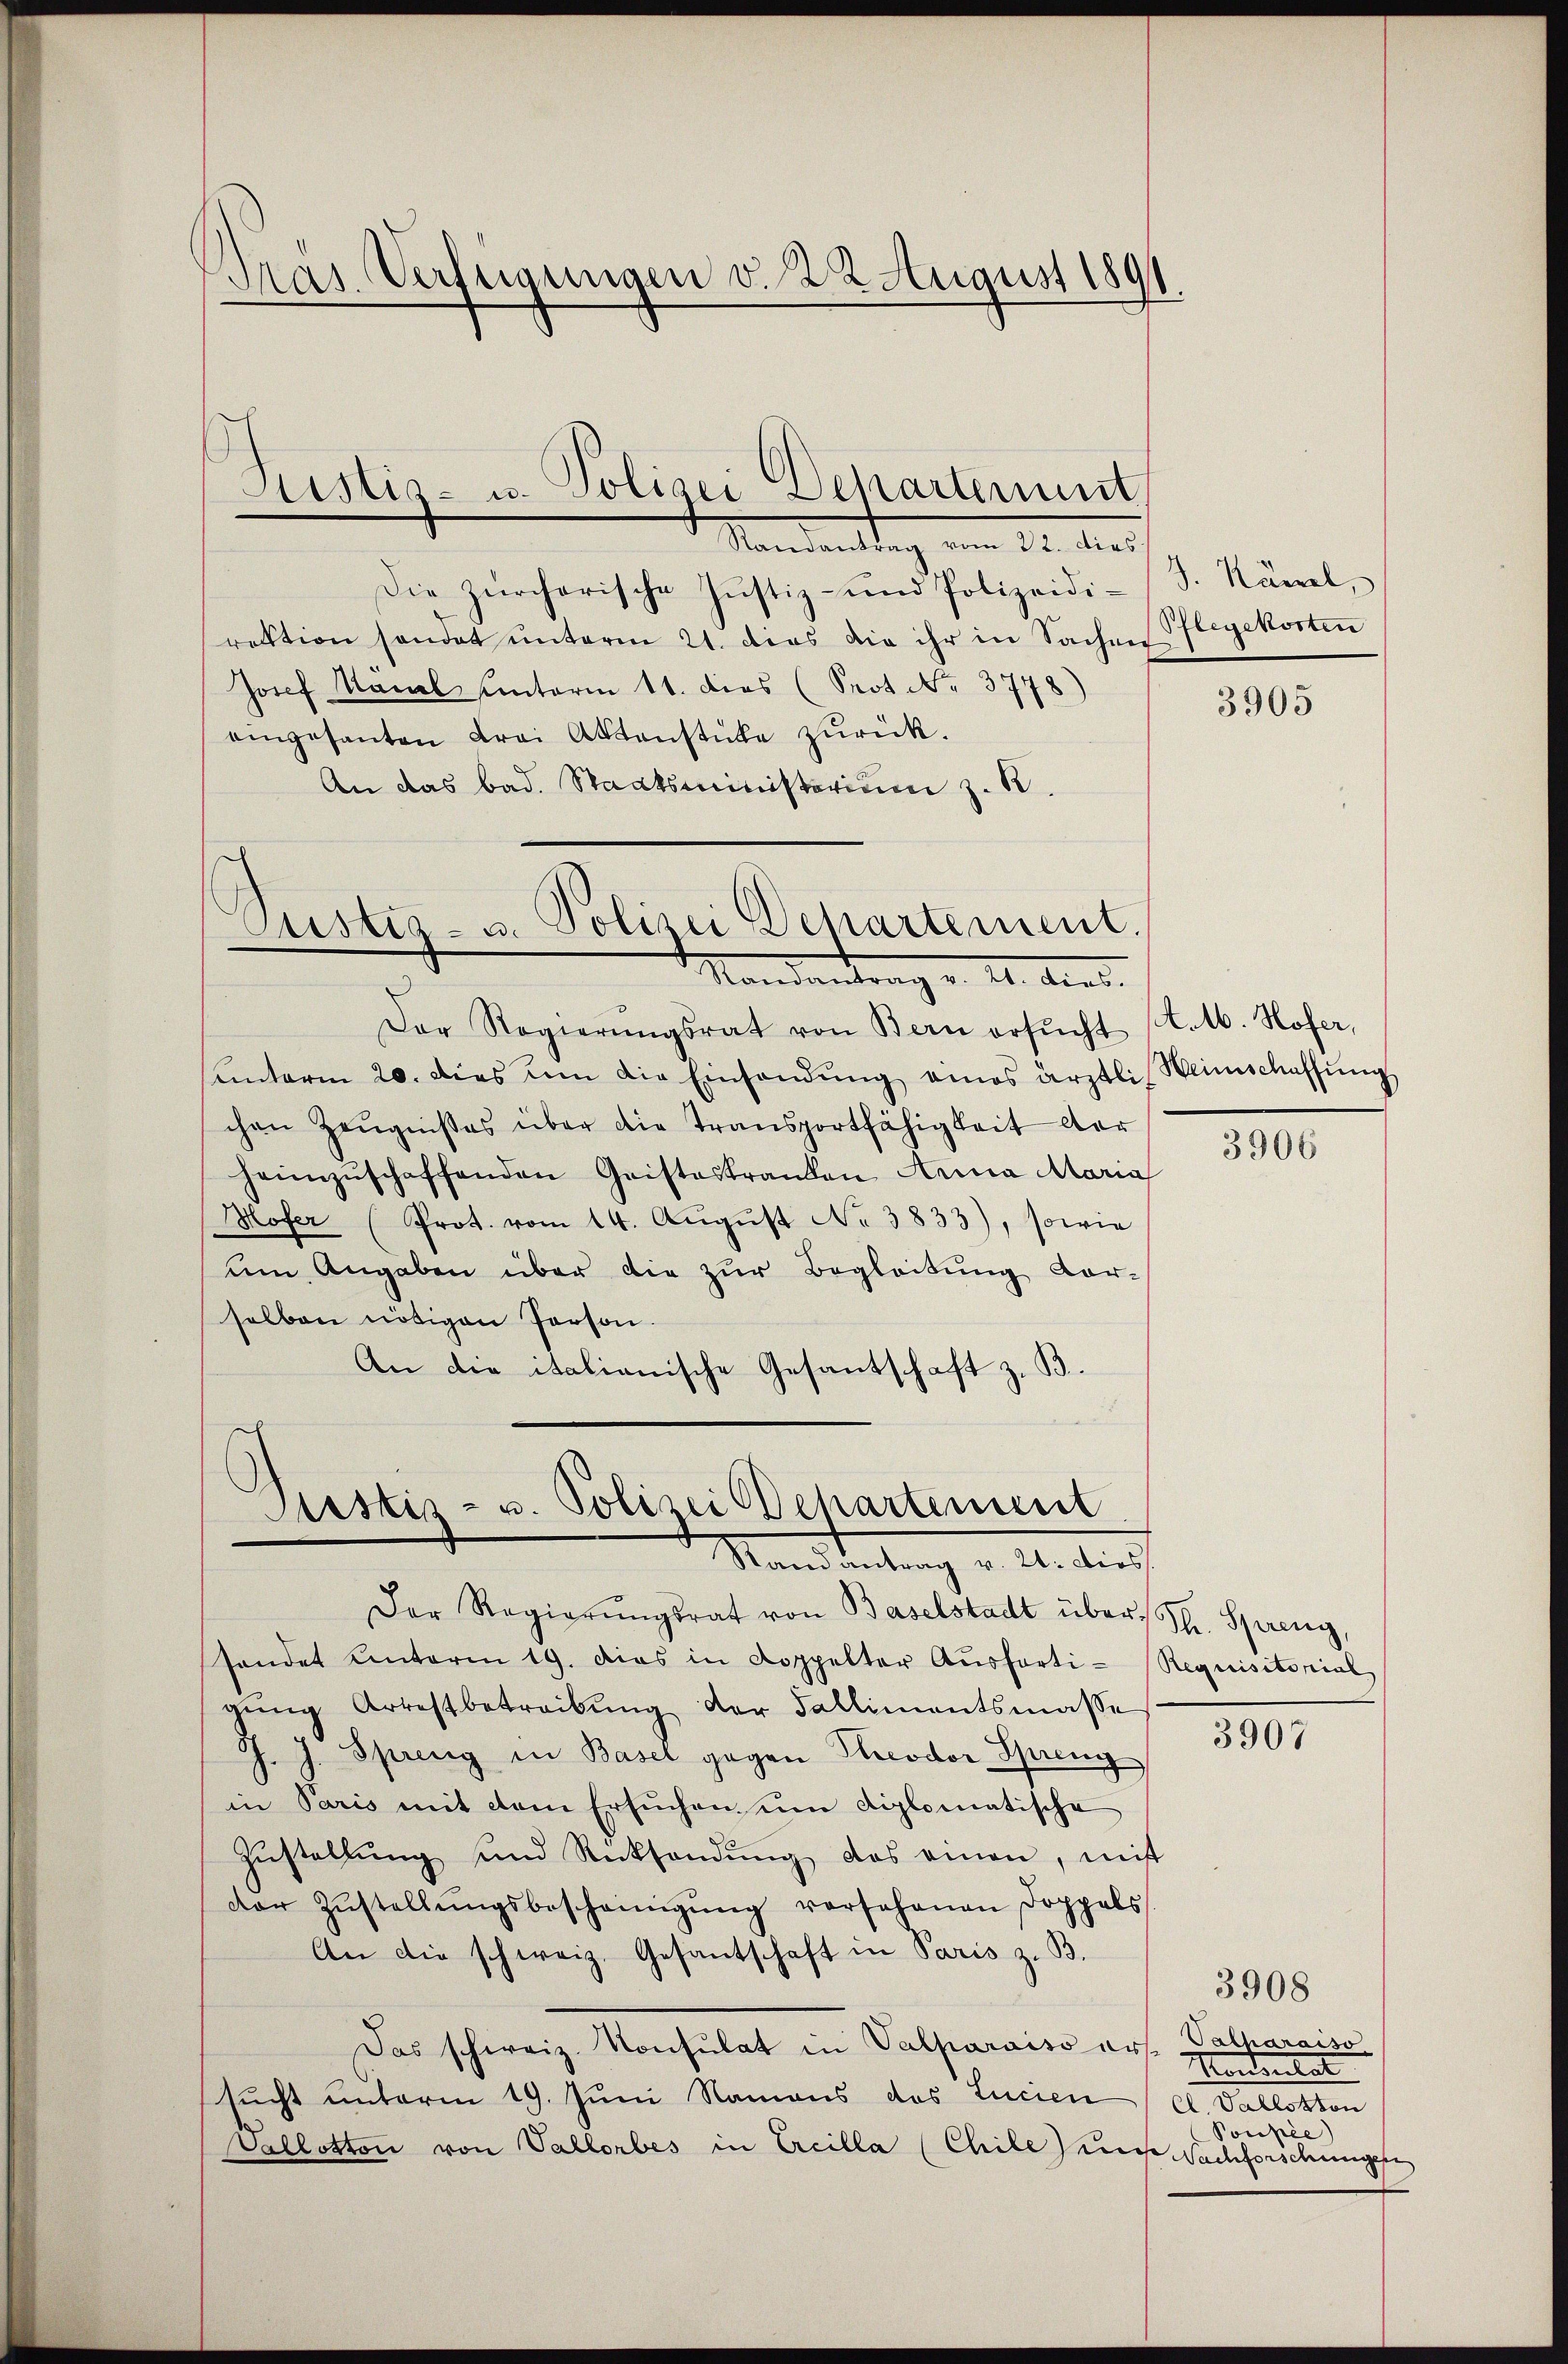
Tras Verfügungen v. 22 August 1891.

Die zürcherische Justiz- und Polizeidirektion sendet unterm 21. dies die ihr in Sachen
Josef Kanal unterm 11. dies (Seot. No. 3778)
eingesanten Frei Aktenstücke zurück.
An das bad. Staatsministerium z. B.

Der Regierŭngsrat von Bern ersŭcht (l. M. Hofer,
ŭnterm 20. dies um die Einsandŭng eines ärztli, Weinschaffŭng
chen Zeŭgnißes über die Transportfähigkeit der
heimzŭschaffenden Geistestranden Arina Maria
Hofer (Prot. vom 14. Aŭgŭst No 3833), sowie
um Angaben über die zur Begleitung vor-
selben nötigen Person.
An die italianische Gesantschaft z. B.

Justiz- u. Polizei Departement
Mandantag vom 22. dies

Justiz- u. Polizei Departement.
Standentrag v. M. dies

Sistis- u. Polizei Departement
Stand antrag v. 2. dies

Känel,
Pflegekosten

Der Regierŭngsrat von Baselstadt über Fr. Spreng
handet Unterm 19. dies in Doppelter Aŭsferti-Requisitorial
gŭng Arrestbetreibŭng der Fallimentsmasse
J. J. Spreng in Basel gegen Herodor Spreng
in Paris mit dem Ersuchen um diplomatische
Zŭstellŭng und Rücksendŭng des einen, mit
dor Zŭstellŭngsbescheinigŭng vorsehenen Doppels
An die schweiz. Gesantschaft in Paris z. B.
Das schweiz. Konsulat in Valparaiso ers
sŭcht unterm 19. Jŭni Namens das Lucien / el. Vallotion
Vallotton von Vallorbes in Ereilla (Chile) des Sachforschungese

3905

3906

3907

3908

Taiparaiso
Morderlet
Poupée)